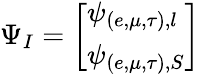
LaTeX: \Psi_{I}=\left[\begin{array}{l}{{\psi_{(e,\mu,\tau),l}}}\\ {{\psi_{(e,\mu,\tau),S}}}\end{array}\right]